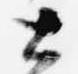
公